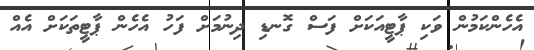
އެހެންކަމުން ވަކި ޕާޓީއަކަށް ފަސް ގޮނޑި ދިނުމަށް ފަހު އެހެން ޕާޓީތަކަށް އެއް